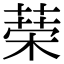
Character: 𦴇